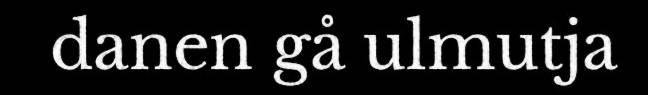
danen gå ulmutja